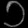
Digit: ၁